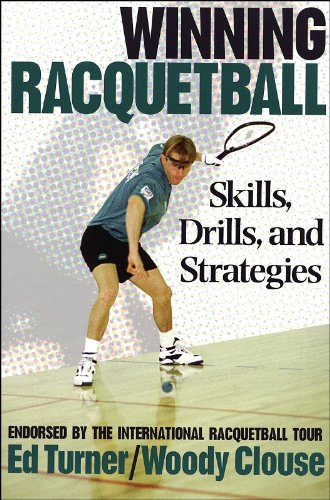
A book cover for Winning Racquetball: Skills, Drills, and Strategies; Ed Turner; Sports & Outdoors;